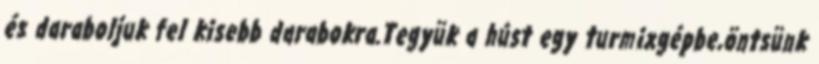
és daraboljuk fel kisebb darabokra.Tegyük a húst egy turmixgépbe,öntsünk